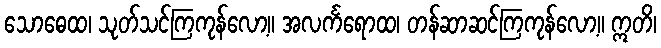
သောဓေထ၊ သုတ်သင်ကြကုန်လော့။ အလင်္ကရောထ၊ တန်ဆာဆင်ကြကုန်လော့။ ဣတိ၊